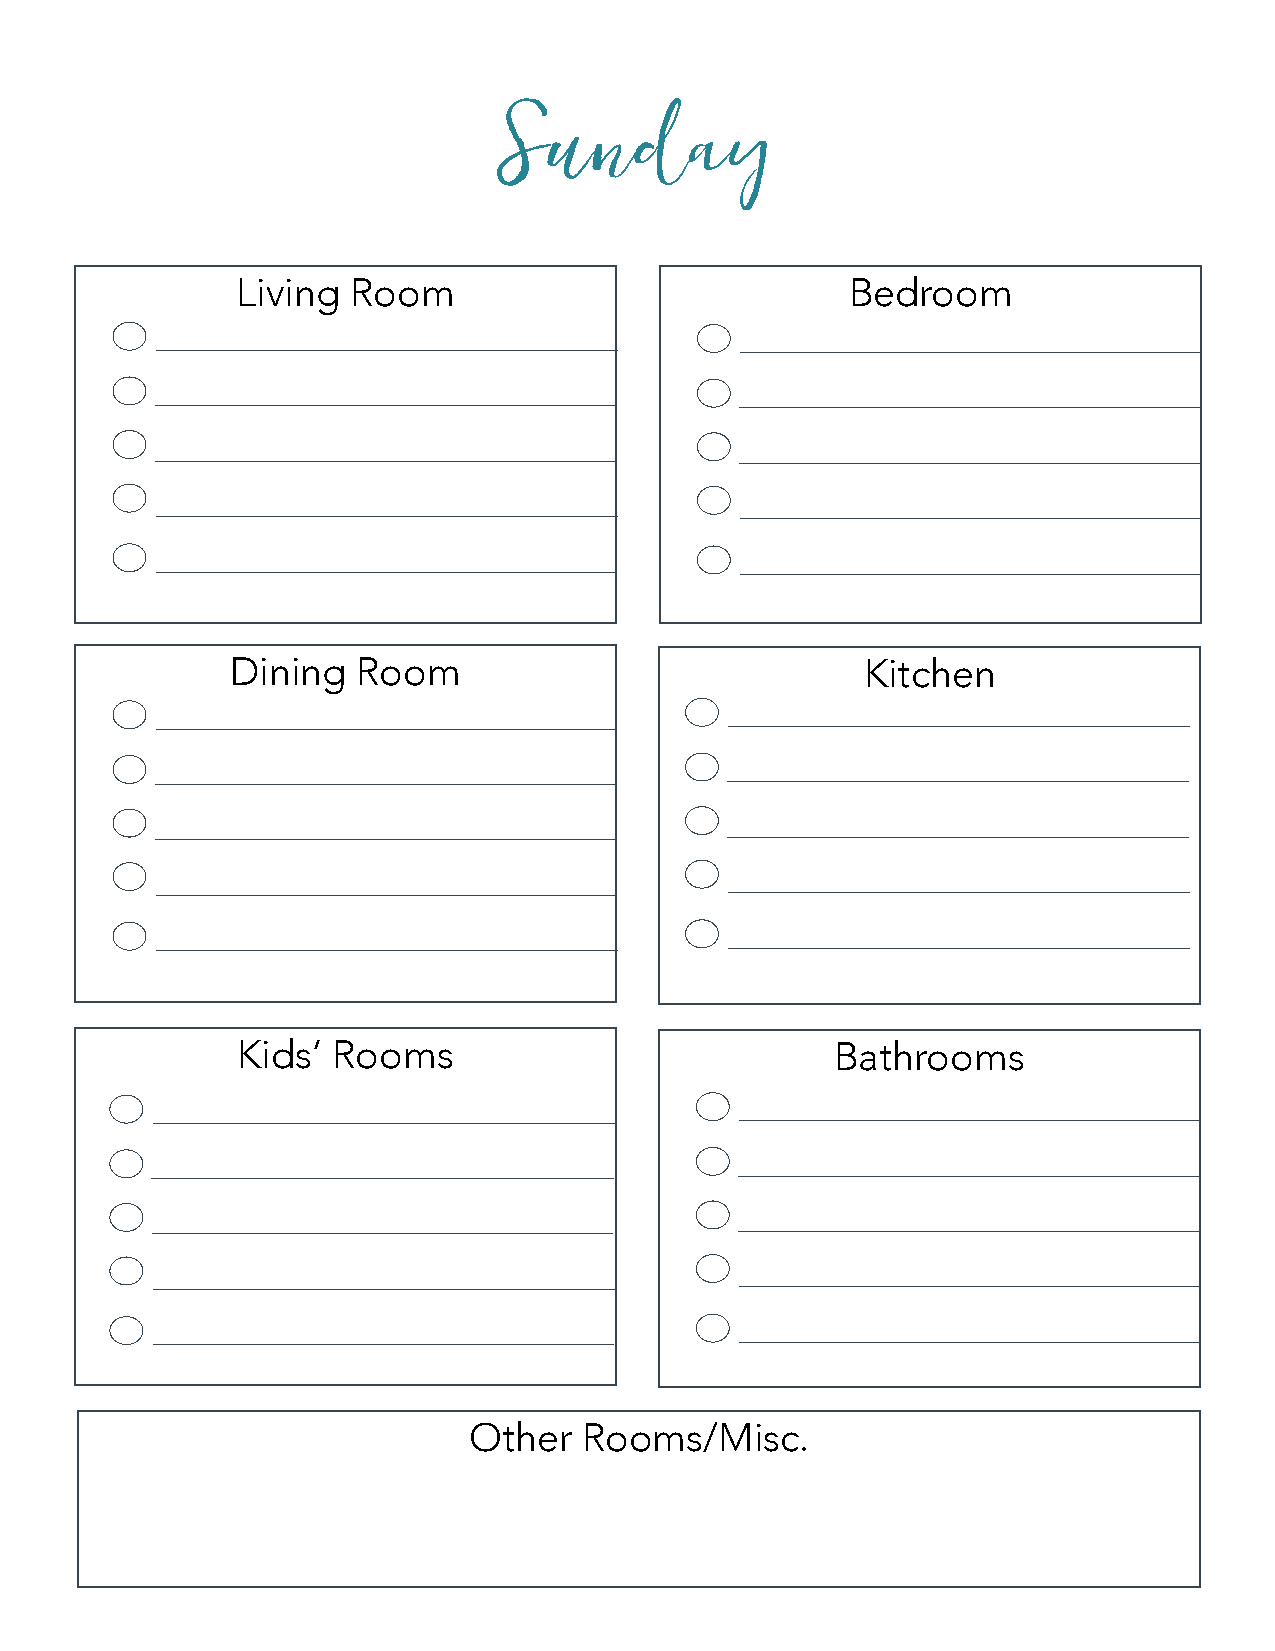
Sunday
 Living Room                             Bedroom
 Dining   Room                             Kitchen
 Kids’ Rooms                            Bathrooms
 Other   Rooms/Misc.